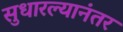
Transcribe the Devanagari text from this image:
सुधारल्यानंतर